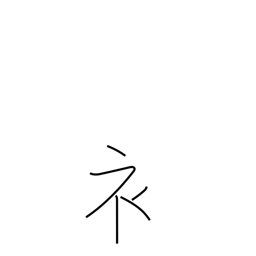
Meaning: clothing radical (no. 145